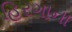
હિરગાના